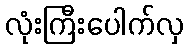
လုံးကြီးပေါက်လှ